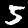
Digit: 5